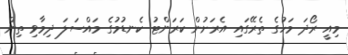
މިއީ ރޯދަ މަހުގެ ތެރޭގައި އެރަށުން ކަރަންޓު ކެނޑުމުގެ މައްސަލަ ދިމާވި ތިން